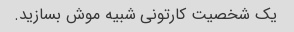
یک شخصیت کارتونی شبیه موش بسازید.